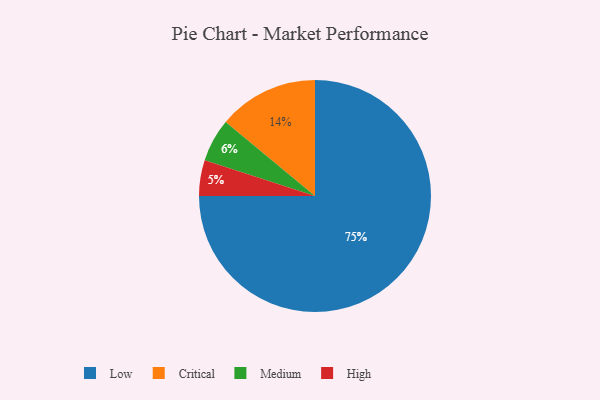
{"axis": {"x": "Category", "y": "Percentage"}, "legend": ["Critical", "High", "Low", "Medium"], "data": [{"x": "Critical", "y": 14, "type": "Critical"}, {"x": "Medium", "y": 6, "type": "Medium"}, {"x": "High", "y": 5, "type": "High"}, {"x": "Low", "y": 75, "type": "Low"}]}